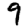
Digit: 9